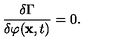
\frac { \delta \Gamma } { \delta \varphi ( { \bf x } , t ) } = 0 .